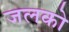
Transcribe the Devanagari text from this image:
जलको